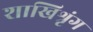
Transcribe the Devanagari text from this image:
शाखिश्रृंग